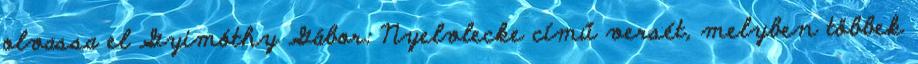
olvassa el Gyimóthy Gábor: Nyelvlecke című versét, melyben többek